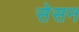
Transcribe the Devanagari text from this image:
सेसन